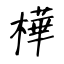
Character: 樺